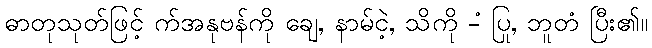
ဓာတုသုတ်ဖြင့် က်အနုဗန်ကို ချေ, နာမ်ငဲ့, သိကို -ံ ပြု, ဘူတံ ပြီး၏။